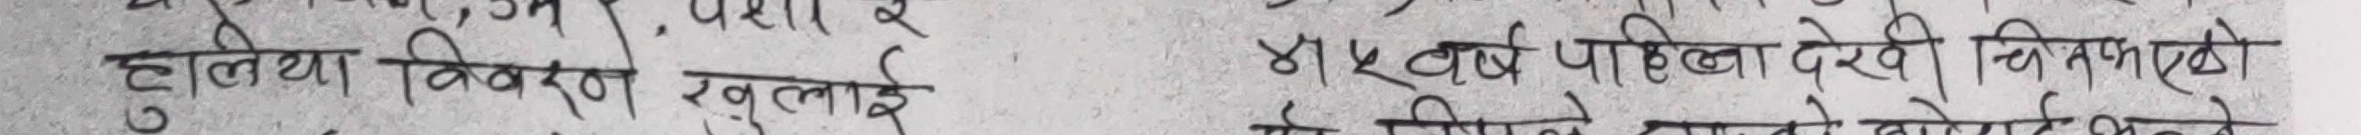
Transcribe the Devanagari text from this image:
हलिया विवरण खुलाई
४६ बर्ष पहिला देखी चितलको